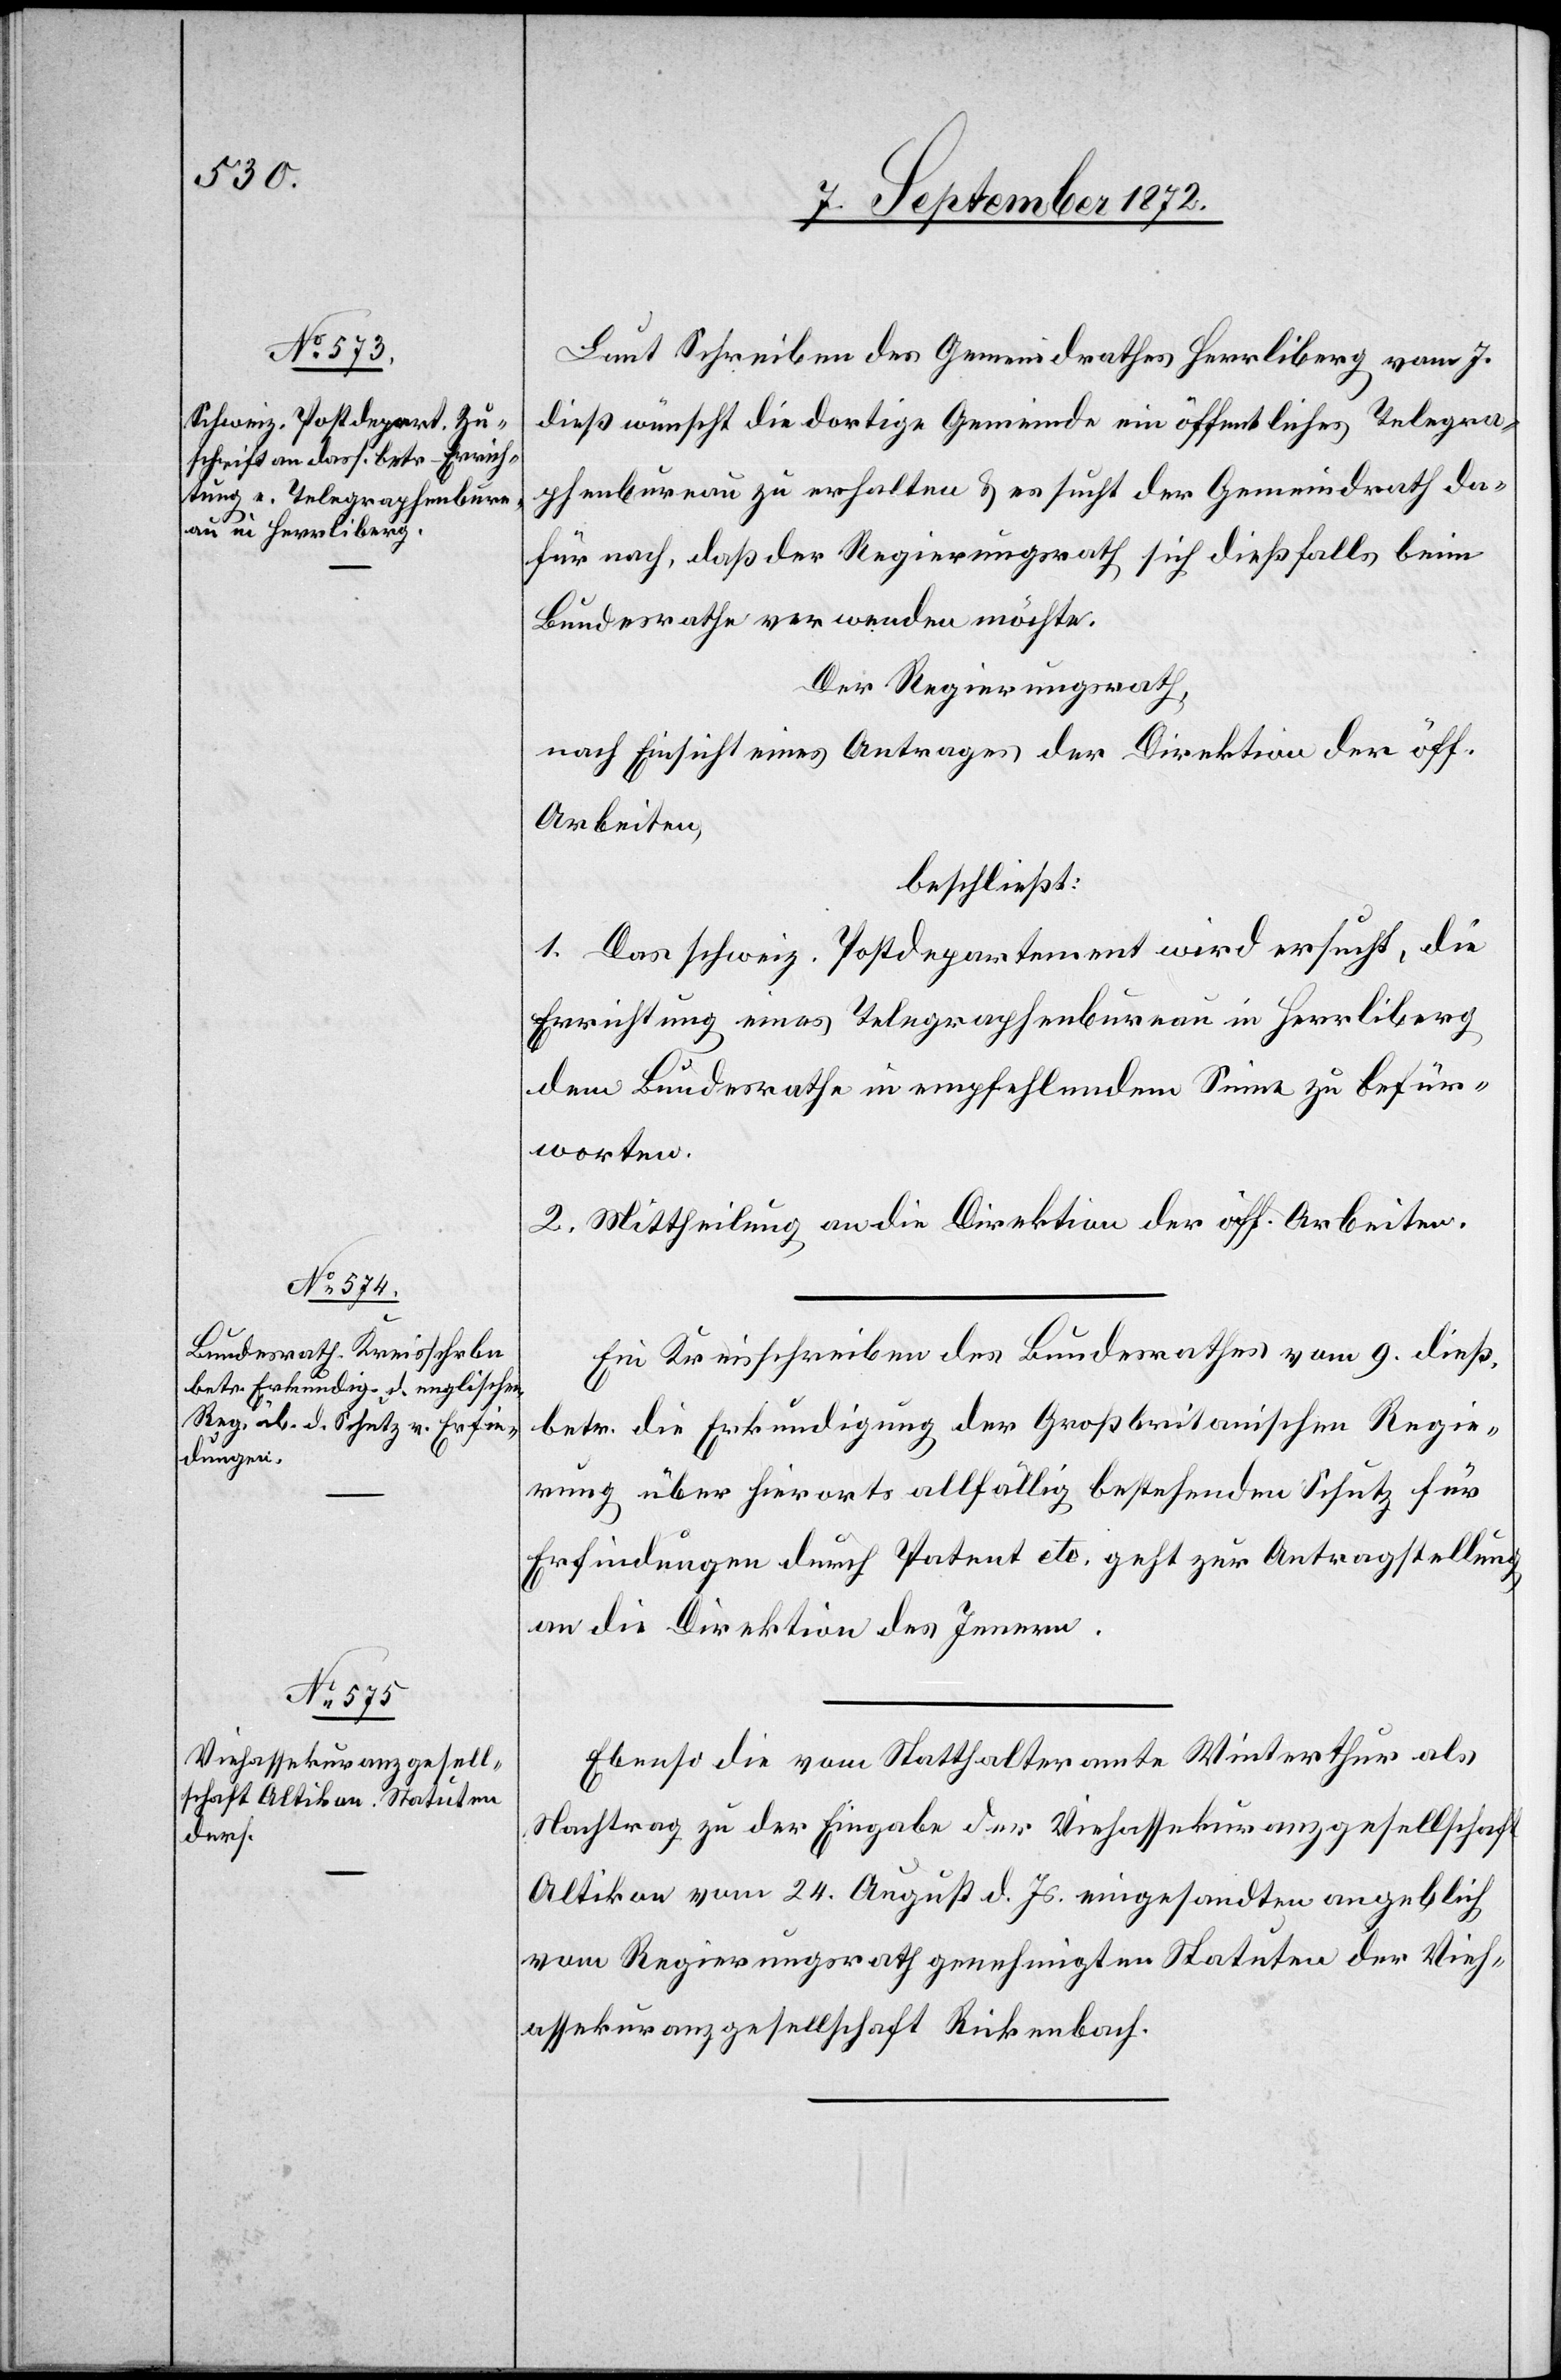
12. September 1872.]
Laut Schreiben des Gemeindrathes Herrliberg vom 7.
dieß wünscht die dortige Gemeinde ein öffentliches Telegra¬
phenbureau zu erhalten u. es sucht der Gemeindrath da¬
für nach, daß der Regierungsrath sich dießfalls beim
Bundesrathe verwenden möchte.
Der Regierungsrath,
nach Einsicht eines Antrages der Direktion der öff.
Arbeiten,
beschließt:
1. Das schweiz. Postdepartement wird ersucht, die
Errichtung eines Telegraphenbureau in Herrliberg
dem Bundesrathe in empfehlendem Sinne zu befür¬
worten.
2. Mittheilung an die Direktion der öff. Arbeiten .
Ein Kreisschreiben des Bundesrathes vom 9. dieß.
betr. die Erkundigung der Großbritanischen [sic!] Regie¬
rung über hierorts allfällig bestehenden Schutz für
Erfindungen durch Patent etc. geht zur Antragstellung
an die Direktion des Innern.
Ebenso die vom Statthalteramte Winterthur als
Nachtrag zu der Eingabe der Viehassekuranzgesellschaft
Altikon vom 24. August d. Js. eingesandten angeblich
vom Regierungsrath genehmigten Statuten der Vieh¬
assekuranzgesellschaft Rickenbach.